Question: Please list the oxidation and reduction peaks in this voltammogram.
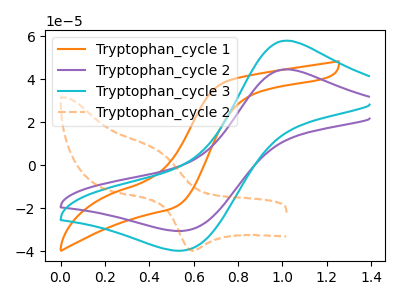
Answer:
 <answer>The orange curve "Tryptophan_cycle 1" has no peaks. The purple curve "Tryptophan_cycle 2" has an anodic peak at (1.00V, 44.60uA) and a cathodic peak at (0.55V, -30.55uA). The cyan curve "Tryptophan_cycle 3" has an anodic peak at (1.00V, 58.00uA) and a cathodic peak at (0.55V, -39.75uA). The orange dashed curve "Tryptophan_cycle 2" has an anodic peak at (0.45V, 5.75uA) and a cathodic peak at (0.60V, -39.60uA).</answer>
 <eval></eval>